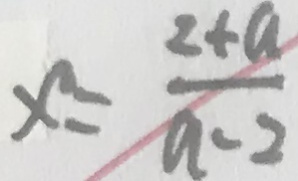
x = \frac { 2 + a } { a - 2 }